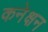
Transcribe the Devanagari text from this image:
कनेक्षन